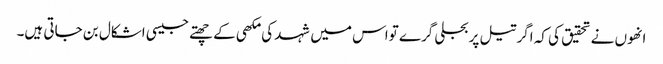
انھوں نے تحقیق کی کہ اگر تیل پربجلی گرے تواس میں شہد کی مکھی کے چھتے جیسی اشکال بن جاتی ہیں۔